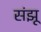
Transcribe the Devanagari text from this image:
संझू